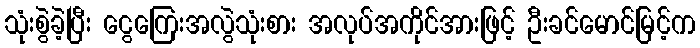
သုံးစွဲခဲ့ပြီး ငွေကြေးအလွဲသုံးစား အလုပ်အကိုင်အားဖြင့် ဦးခင်မောင်မြင့်က